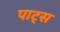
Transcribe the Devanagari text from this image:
पाट्स